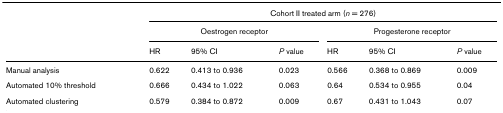
<table><thead><tr><td></td><td colspan="6"><b>Cohort II treated arm (<i>n</i> = 276)</b></td></tr><tr><td></td><td colspan="3"><b>Oestrogen receptor</b></td><td colspan="3"><b>Progesterone receptor</b></td></tr><tr><td></td><td><b>HR</b></td><td><b>95% CI</b></td><td><b><i>P </i>value</b></td><td><b>HR</b></td><td><b>95% CI</b></td><td><b><i>P </i>value</b></td></tr></thead><tbody><tr><td>Manual analysis</td><td>0.622</td><td>0.413 to 0.936</td><td>0.023</td><td>0.566</td><td>0.368 to 0.869</td><td>0.009</td></tr><tr><td>Automated 10% threshold</td><td>0.666</td><td>0.434 to 1.022</td><td>0.063</td><td>0.64</td><td>0.534 to 0.955</td><td>0.04</td></tr><tr><td>Automated clustering</td><td>0.579</td><td>0.384 to 0.872</td><td>0.009</td><td>0.67</td><td>0.431 to 1.043</td><td>0.07</td></tr></tbody></table>